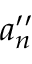
a _ { n } ^ { \prime \prime }